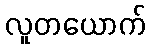
လူတယောက်